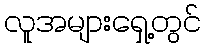
လူအများရှေ့တွင်